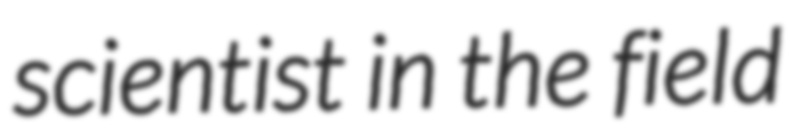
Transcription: scientist in the field